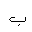
Letter: _ba